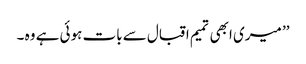
’’ میری ابھی تمیم اقبال سے بات ہوئی ہے وہ ۔